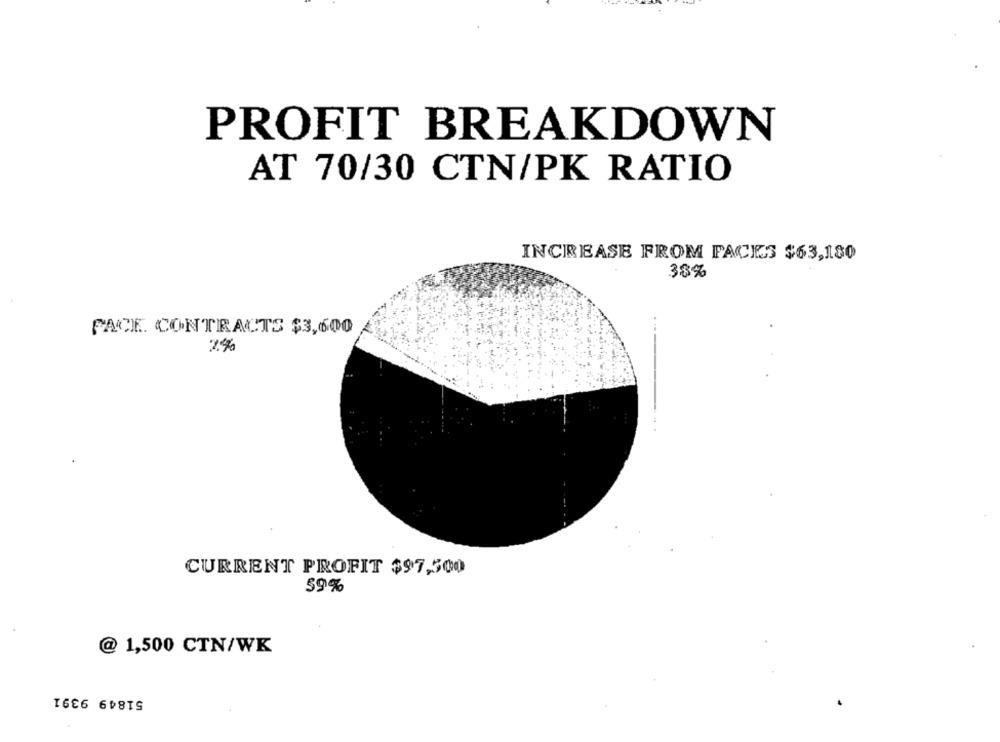
PROFIT BREAKDOWN
AT 70/30 CTN/PK RATIO
INCREASE FROM FACIES $63,180
33%
FACE. CONTRACTS $3,600
2%
CURRENT PROFIT $97,500
59%
@ 1,500 CTN/WK
51849 9391